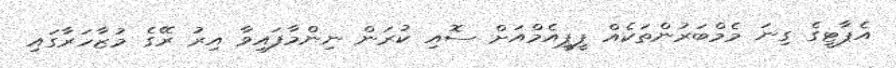
އެޕާޓީގެ ގިނަ މެމްބަރުންތަކެއް ޕީޕީއެމްއަށް ސޮއި ކުރަން ނިންމާފައިވާ އިރު ރޭގެ މުޒާހަރާގައި